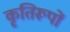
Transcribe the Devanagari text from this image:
कृतिरूपों